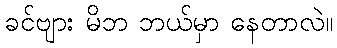
ခင်ဗျား မိဘ ဘယ်မှာ နေတာလဲ။